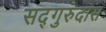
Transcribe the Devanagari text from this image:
सद्‌गुरुदास